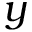
y